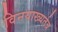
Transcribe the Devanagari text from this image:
विनयाख्यर्तत्र